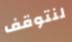
لنتوقف